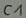
Text: C1